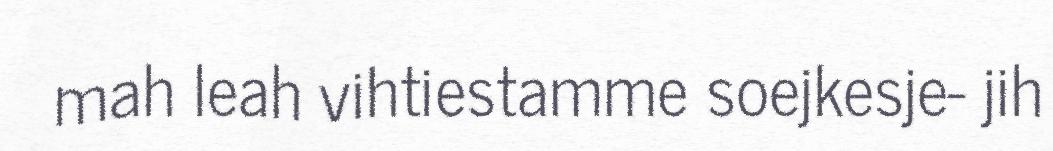
mah leah vihtiestamme soejkesje- jih